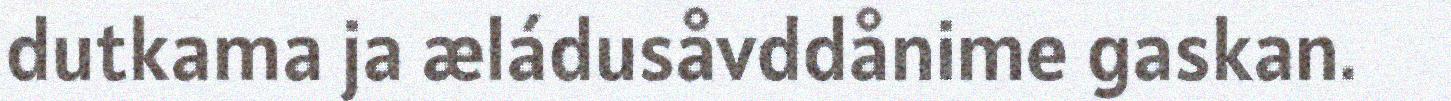
dutkama ja æládusåvddånime gaskan.